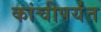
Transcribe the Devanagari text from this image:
कांचीपर्यंत